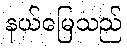
နယ်မြေသည်